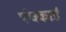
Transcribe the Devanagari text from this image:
पंचकार्ड